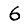
Digit: 6